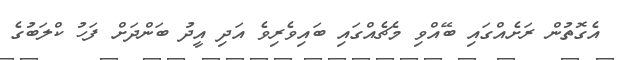
އެގޮތުން ރަށެއްގައި ބޭއްވި މެޗެއްގައި ބައިވެރިވެ އަދި އީދު ބަންދަށް ފަހު ކްލަބުގެ